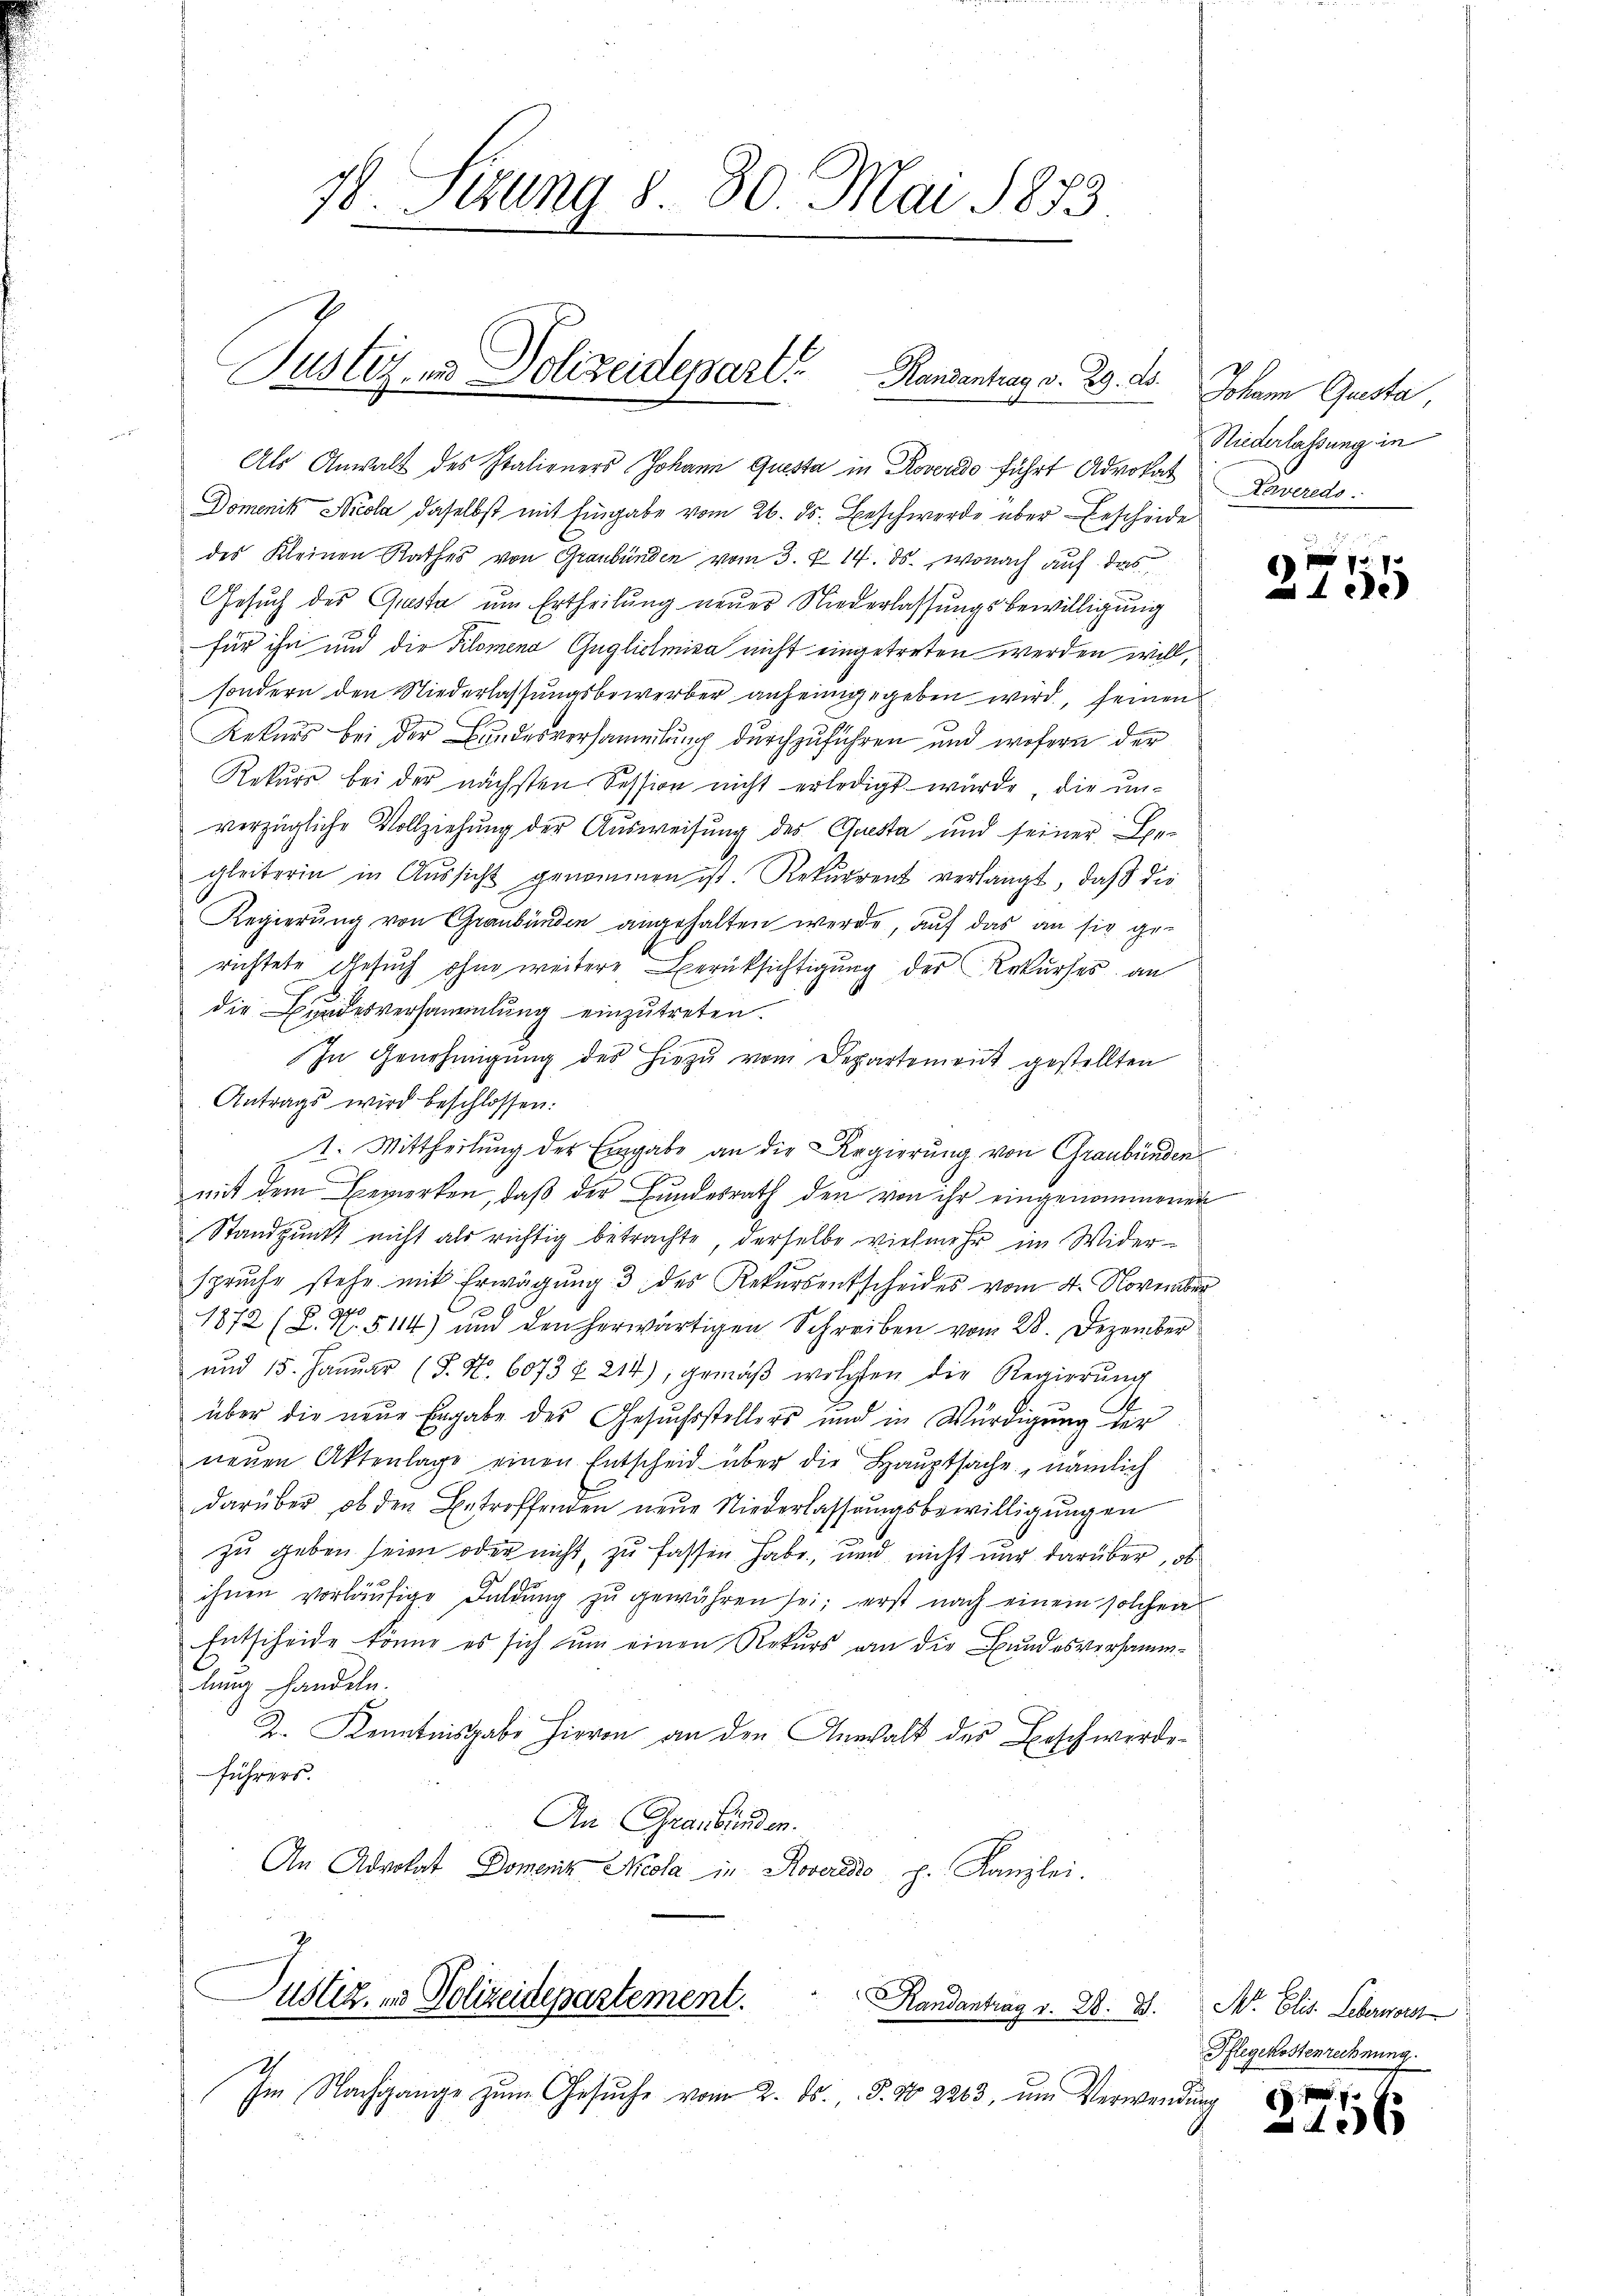
78. Sekung 8. 80. Mai 1873.

Justiz- & Polizeidepart. Handentrag v. 23. ds.

ustiz, es Polizeidepartement.
andantrag v. 28. d.

Als Anwalt des Italieners Johann Questa in Roveredo führt Advokat
Domenik Nicola, daselbst mit Eingabe vom 26. ds. Beschwerde über Bescheide
des Kleinen Rathes von Graubünden vom 3. §. 14. ds., wonach auf das
Gesuch des Quista um Ertheilung neuer Niederlassungsbewilligung
für ihn und die Kilomena Guglichmiea nicht eingetreten werden will,
sondern den Niederlassungsbewerber anheimgegeben wird, seinen
Rekurs bei der Bundesversammlung durchzuführen und wofern der
Rekurs bei der nächsten Session nicht erledigt wurde, die un-
verzügliche Vollziehung der Ausweisung des Questa und seiner Begleiterin in Aussicht genommen ist. Rekurrent verlangt, daß die
Regierung von Graubünden angehalten werde, auf das an sie gerichtete Gesuch ohne weitere Berüksichtigung der Rekurses an
die Bundesversammlung einzutreten.
In Genehmigŭng des hiezŭ vom Departement gestellten
Antrags wird beschlossen:
I. Mittheilung der Eingabe an die Regierung von Graubünden
mit dem Bemerken, daß der Bundesrath den von ihr eingenommenen
Standpunkt nicht als richtig betrachte, derselbe vielmehr im Widerspruche stehe mit Erwägung 3 des Rekursentscheides vom 4. November
1872 (L. N. 5114) um den herwärtigen Schreiben vom 28. Dezember
und 15. Janŭar (T. No. 6073 § 214), gemäβ welchen die Regierŭng
über die neue Engabe des Gesuchsstellers und in Würdigung der
neŭen Aktenlage einen Entscheid über die Hauptsache, nämlich
darüber, ob den Betroffenden neŭe Niederlassŭngsbewilligungen
zu geben seien oder nicht, zu fassen habe, und nicht nur darüber, ob
ihnen vorläŭfige Feldŭng zŭ gewähren sei; erst nach einem solchen
Entscheide könne es sich um einen Rekurs an die Bundesversammlung handeln.
Z. Kenntnisgabe hievon an den Anwalt des Beschwerde-
führers.
An Graubünden.
An Advokat Domenitz Nicola in Roveredo, p. Kanzlei.

1
Im Nachgange zum Gesŭche vom 2. ds. S. N 2263, um Verwendung
G

Johann Gusta
Niederlassung in
Kaveredo
e

u
ngetre

2755

M. Elis. Leberwor
Pflegekostenrechnung.

571